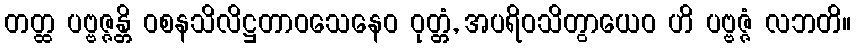
တတ္ထ ပဗ္ဗဇ္ဇန္တိ ဝစနသိလိဋ္ဌတာဝသေနေဝ ဝုတ္တံ, အပရိဝသိတွာယေဝ ဟိ ပဗ္ဗဇ္ဇံ လဘတိ။